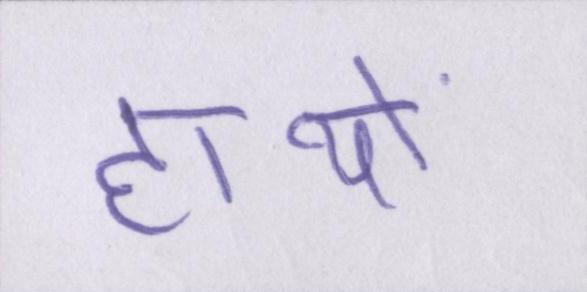
हाथों